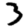
Digit: 3